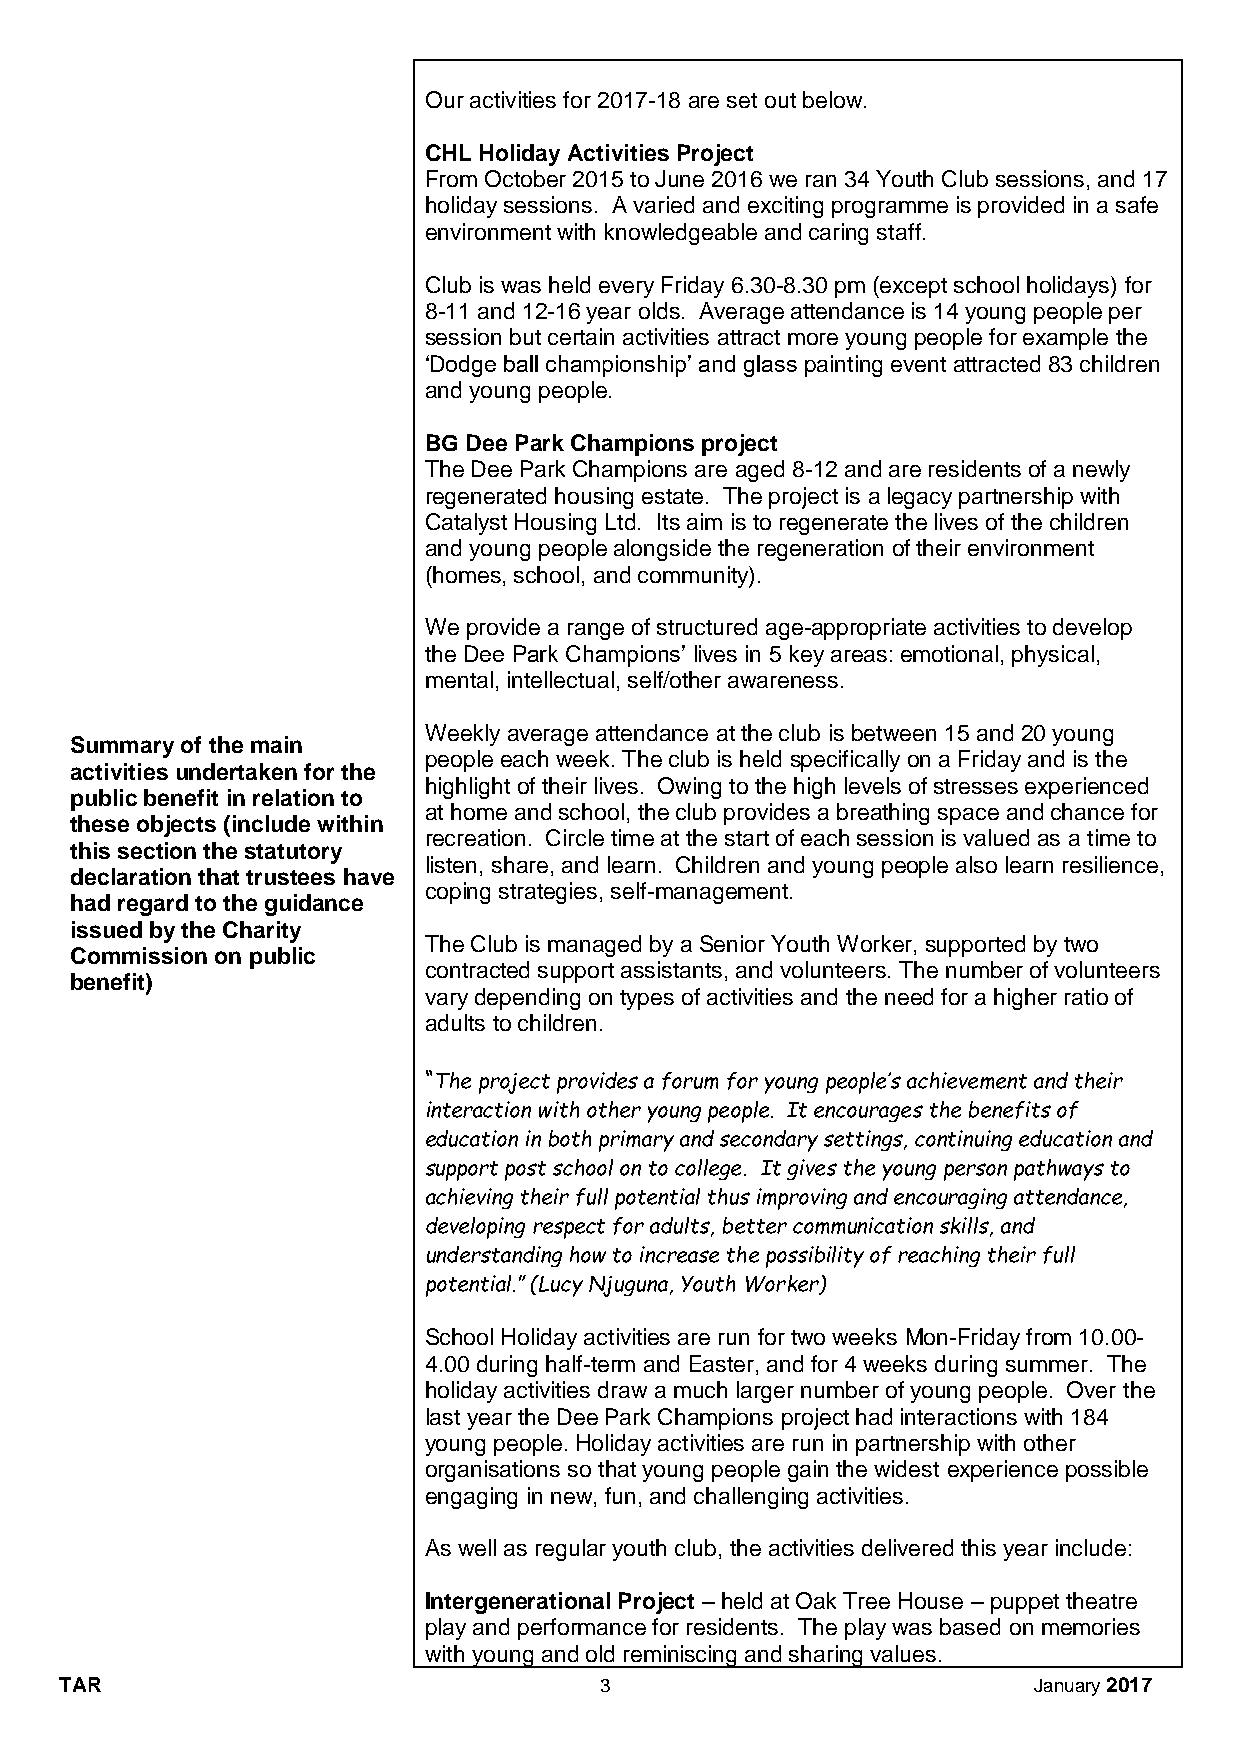
Our activities for 2017-18 are set out below.
 CHL Holiday Activities Project
 From October 2015 to June 2016 we ran 34 Youth Club sessions, and 17
 holiday sessions. A varied and exciting programme is provided in a safe
 environment with knowledgeable and caring staff.
 Club is was held every Friday 6.30-8.30 pm (except school holidays) for
 8-11 and 12-16 year olds. Average attendance is 14 young people per
 session but certain activities attract more young people for example the
 ‘Dodge ball championship’ and glass painting event attracted 83 children
 and young people.
 BG Dee Park Champions project
 The Dee Park Champions are aged 8-12 and are residents of a newly
 regenerated housing estate. The project is a legacy partnership with
 Catalyst Housing Ltd. Its aim is to regenerate the lives of the children
 and young people alongside the regeneration of their environment
 (homes, school, and community).
 We provide a range of structured age-appropriate activities to develop
 the Dee Park Champions’ lives in 5 key areas: emotional, physical,
 mental, intellectual, self/other awareness.
 Weekly average attendance at the club is between 15 and 20 young
 Summary of the main
 people each week. The club is held specifically on a Friday and is the
 activities undertaken for the
 highlight of their lives. Owing to the high levels of stresses experienced
 public benefit in relation to
 at home and school, the club provides a breathing space and chance for
 these objects (include within
 recreation. Circle time at the start of each session is valued as a time to
 this section the statutory
 listen, share, and learn. Children and young people also learn resilience,
 declaration that trustees have
 coping strategies, self-management.
 had regard to the guidance
 issued by the Charity
 The Club is managed by a Senior Youth Worker, supported by two
 Commission on public
 contracted support assistants, and volunteers. The number of volunteers
 benefit)
 vary depending on types of activities and the need for a higher ratio of
 adults to children.
 “The project provides a forum for young people’s achievement and their
 interaction with other young people. It encourages the benefits of
 education in both primary and secondary settings, continuing education and
 support post school on to college. It gives the young person pathways to
 achieving their full potential thus improving and encouraging attendance,
 developing respect for adults, better communication skills, and
 understanding how to increase the possibility of reaching their full
 potential.” (Lucy Njuguna, Youth Worker)
 School Holiday activities are run for two weeks Mon-Friday from 10.00-
 4.00 during half-term and Easter, and for 4 weeks during summer. The
 holiday activities draw a much larger number of young people. Over the
 last year the Dee Park Champions project had interactions with 184
 young people. Holiday activities are run in partnership with other
 organisations so that young people gain the widest experience possible
 engaging in new, fun, and challenging activities.
 As well as regular youth club, the activities delivered this year include:
 Intergenerational Project – held at Oak Tree House – puppet theatre
 play and performance for residents. The play was based on memories
 with young and old reminiscing and sharing values.
 TAR                                 3                           January 2017